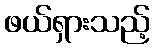
ဖယ်ရှားသည့်